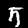
Label: 5